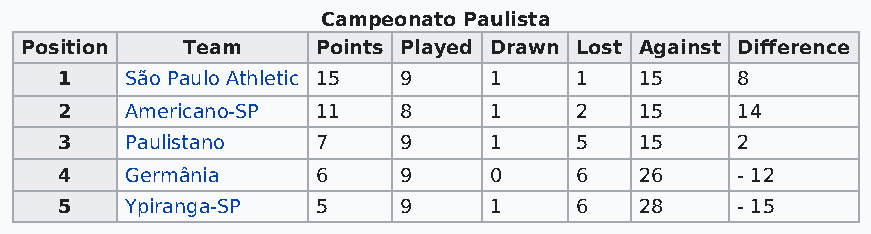
Campeonato Paulista
 Position   Team     Points Played Drawn Lost Against Difference
 1   São Paulo Athletic 15 9 1     1   15     8
 2   Americano-SP 11   8     1     2   15     14
 3   Paulistano   7    9     1     5   15     2
 4   Germânia     6    9     0     6   26     - 12
 5   Ypiranga-SP  5    9     1     6   28     - 15